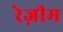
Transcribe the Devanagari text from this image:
रेज़ीम